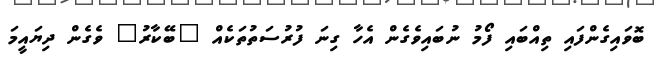
ބޮވައިގެންފައި ތިއްބައި ފޯމު ނުބައިވެގެން އެހާ ގިނަ ފުރުސަތުތަކެއް "ބޭކާރު" ވެގެން ދިޔައީމަ